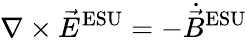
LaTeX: \nabla\times{\vec{E}}^{\mathrm{ESU}}=-{\dot{\vec{B}}}^{\mathrm{ESU}}